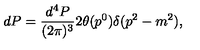
d P = { \frac { d ^ { 4 } P } { ( 2 \pi ) ^ { 3 } } } 2 \theta ( p ^ { 0 } ) \delta ( p ^ { 2 } - m ^ { 2 } ) ,